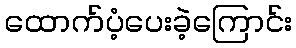
ထောက်ပံ့ပေးခဲ့ကြောင်း